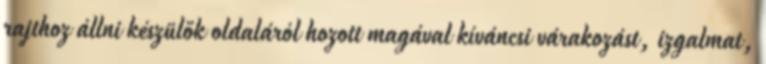
rajthoz állni készülők oldaláról hozott magával kíváncsi várakozást, izgalmat,